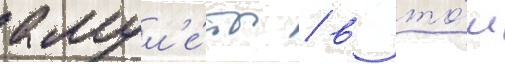
амул'е́ты / в то́м